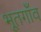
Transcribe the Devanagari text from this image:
भूतगाँव